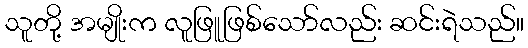
သူတို့ အမျိုးက လူဖြူဖြစ်သော်လည်း ဆင်းရဲသည်။